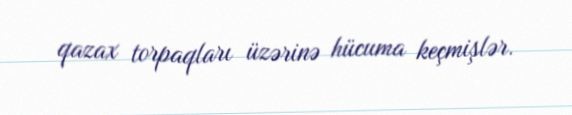
qazax torpaqları üzərinə hücuma keçmişlər.